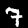
Digit: 7